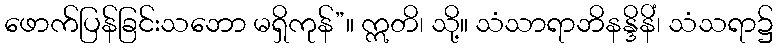
ဖောက်ပြန်ခြင်းသဘော မရှိကုန်”။ ဣတိ၊ သို့။ သံသာရာဘိနန္ဒိနိံ၊ သံသရာ၌